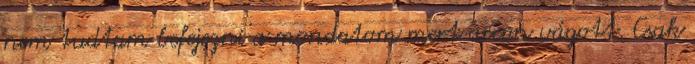
nem tudtam befejezni a mondatom mert arcon vágott. Csak